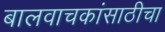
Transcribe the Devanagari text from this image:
बालवाचकांसाठीचा